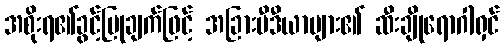
အစိုးရ၏ခွင့်ပြုချက်ဖြင့် အခြားမီဒီယာများ၏ ဆီးချိုရောဂါရှင်